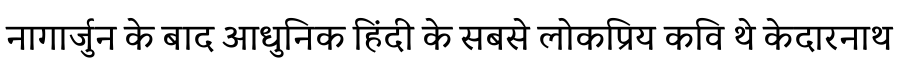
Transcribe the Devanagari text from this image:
नागार्जुन के बाद आधुनिक हिंदी के सबसे लोकप्रिय कवि थे केदारनाथ